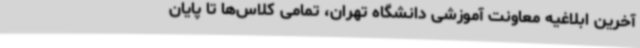
آخرین ابلاغیه معاونت آموزشی دانشگاه تهران، تمامی کلاس‌ها تا پایان